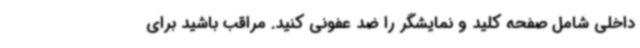
داخلی شامل صفحه کلید و نمایشگر را ضد عفونی کنید. مراقب باشید برای